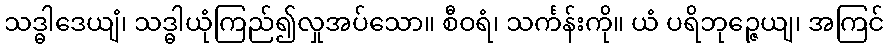
သဒ္ဓါဒေယျံ၊ သဒ္ဓါယုံကြည်၍လှုအပ်သော။ စီဝရံ၊ သင်္ကန်းကို။ ယံ ပရိဘုဉ္ဇေယျ၊ အကြင်